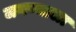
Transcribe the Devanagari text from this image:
जगण्याला